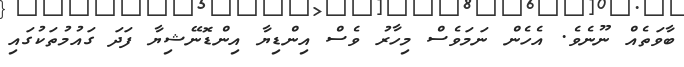
ބާވަތެއް ނޫނެވެ. އެހެން ނަމަވެސް މިހާރު ވެސް އިންޑިޔާ އިންޑޮނޭޝިޔާ ފަދަ ގައުމުތަކުގައި